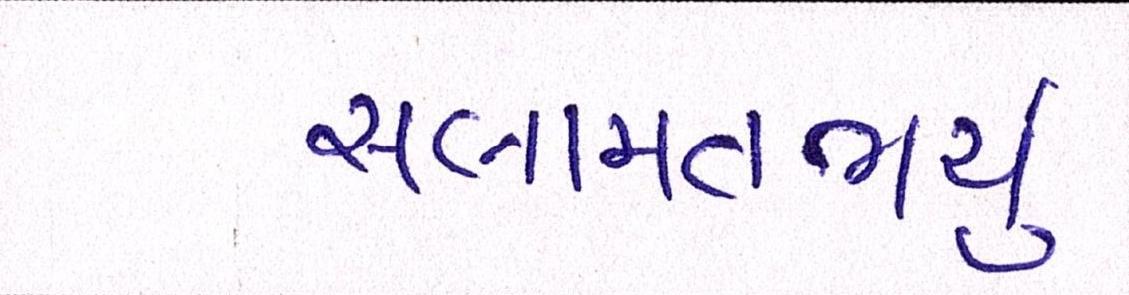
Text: સલામતભર્યું